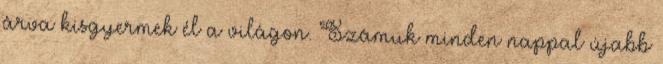
árva kisgyermek él a világon. Számuk minden nappal újabb